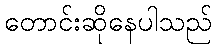
တောင်းဆိုနေပါသည်